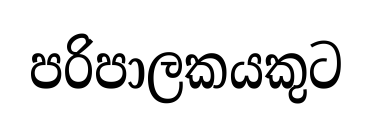
පරිපාලකයකුට